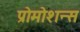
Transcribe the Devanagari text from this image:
प्रोमोशन्स